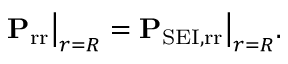
\mathbf { P } _ { \mathrm { r r } } \big \rvert _ { r = R } = \mathbf { P } _ { \mathrm { S E I , r r } } \big \rvert _ { r = R } .